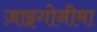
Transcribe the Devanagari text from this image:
ज़ाइगोनीमा